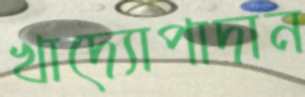
খাদ্যোপাদান